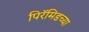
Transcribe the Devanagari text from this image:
पिरॅमिडच्या